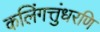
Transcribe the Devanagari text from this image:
कलिंगत्तुंधरणि